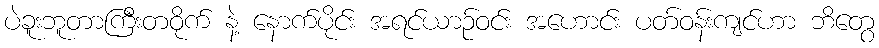
ပဲခူးဘူတာကြီးတဝိုက် နဲ့ နောက်ပိုင်း အရင်ယာဉ်ဝင်း အဟောင်း ပတ်ဝန်းကျင်ဟာ ဘိတွေ